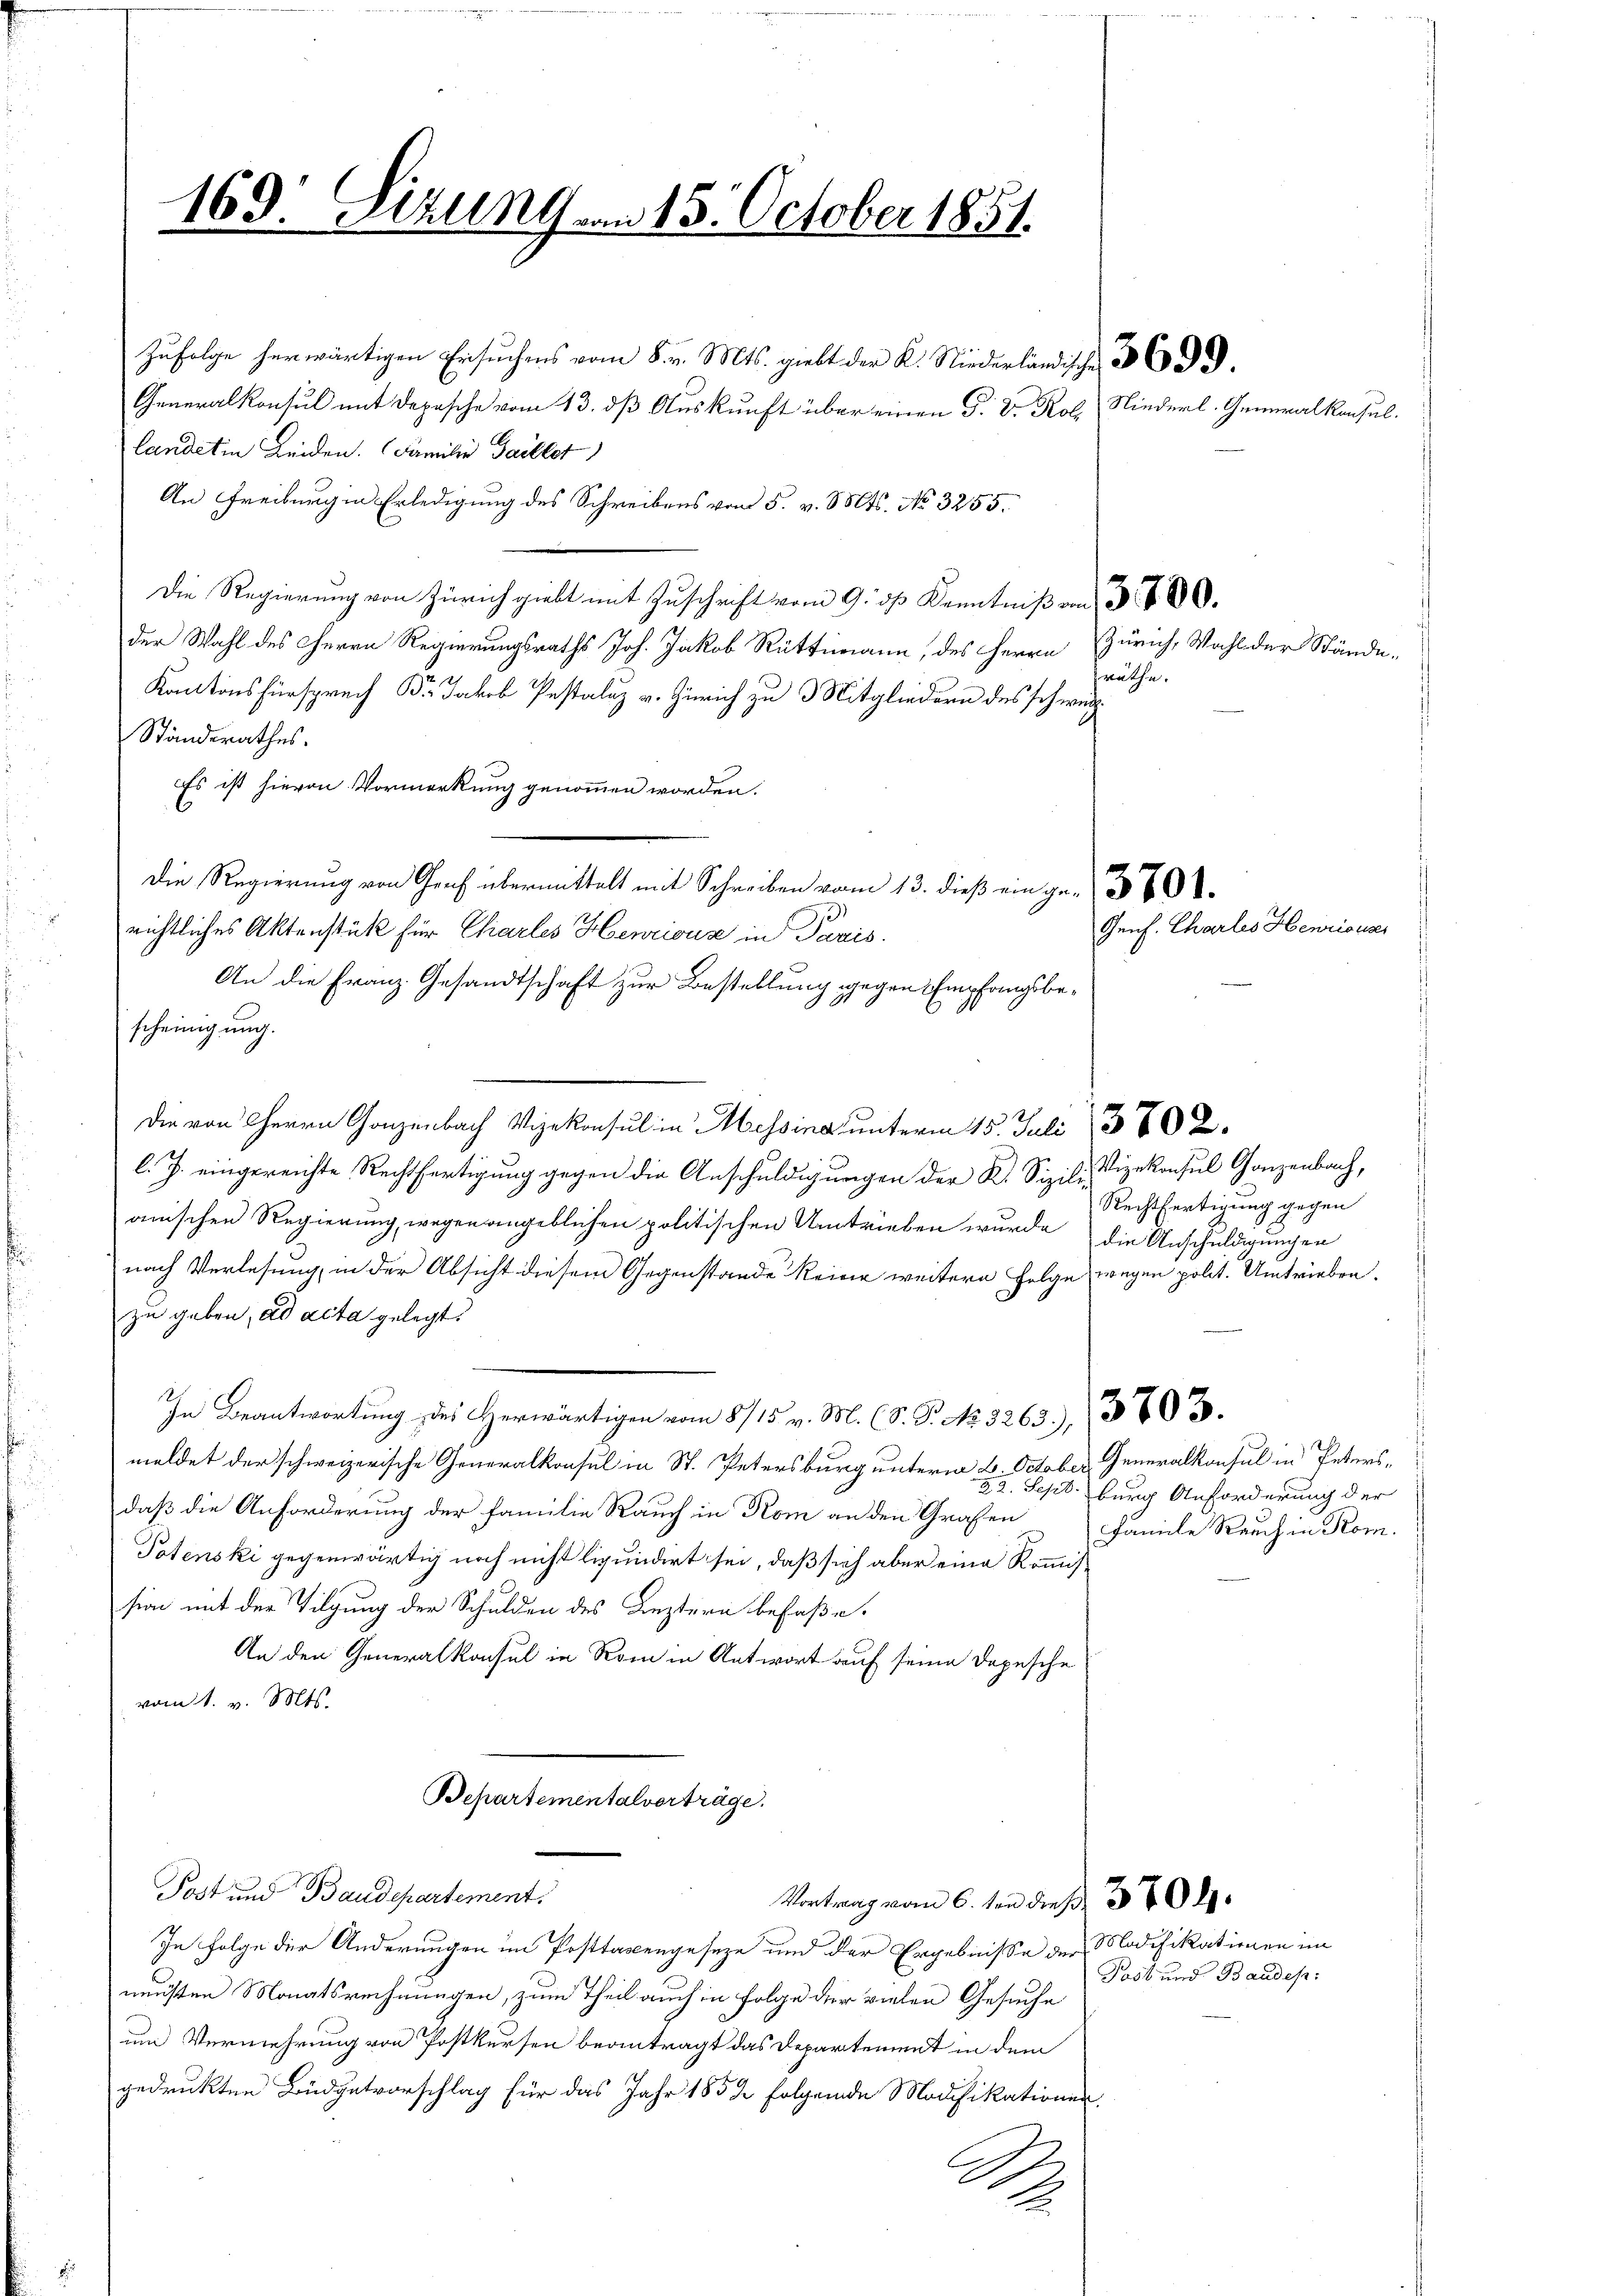
Zŭfolge erwärtigen Ersuches v. Mts. gibt der K. Niederländisch
Generalkonsul mit Depesche vom 13. dß Auskunft über einen P. Dr Rol, Niederl. Generalkonsullandet in Leiden. Familie Gaillet
An Freiburgen Erledigung des Schreibens von 5. v. Mts. No 3255.
Die Regierung von Zürich giebt mit Zuschrift vom 9. ds Kenntniß von 3 S. 80
der Wahl des Herrn Regierungsraths Joh. Jakob Rüttimann, des Herrn Zürich, Wahl der Stände¬
Kantonsfürsprech B. Jakob Pestaluz v. Zürich zu 3 Mitgliedern des schweiz
Ständerathes.
Es ist hievon Vormerkung genommen worden.
Die Regierung von Graf übermittelt mit Schreiben vom 13. dieß ein ge-
richtliches Aktenstück für Charles Henrioua in Paris.
An die Franz. Gesandtschaft zur Bestellung gegen Empfangsbescheinigung.
Die von Herrn Ganzenbach Vizekonsul in Messina unterm 15. Juli 302.
l. J. eingereichte Rechtfertigung gegen die Anschuldigungen der K. Sizili, Vizekonsul Ganzenbach,
anischen Regierung, wegen angeblichen politischen Umtrieben wurde die Anschuldigungen
nach Verlesung, in der Absicht diesem Gegenstände keine weitere Folge wegen polit. Umtrieben.
zu geben, ad acta gelegt.
In Beantwortung des Herwärtigen vom 8/15. v. M. (S. P. No. 3263), 1803.
meldet der schweizerische Generalkonsul in St. Petersburg unterm 8. October Generalkonsul in Petersdaß die Anforderung der Familie Rauch in Kom an den Grafen Famile Rauch in Kom
Potenski gegenwärtig noch nicht liquidirt sei, daß sich aber eine Kommission mit der Tilgung der Schulden des Leztern befaße.
An den Generalkonsul in Rom in Antwort auf seine Depesche
vom 1. v. Mts.
Bepartementalverträge.
Post und Baudepartement
Vortrag vom 6. von dieß 300 l.
In Folge der Änderungen im Posttaxengeseze und der Ergebnisse der Modifikationen im
neusten Monatsrechnungen, zum Theil auch in Folge der vielen Gesuche
um Vermehrung von Postkursen beantragt das Departement in dem
gedruckten Büdgetvorschlag für das Jahr 1852 folgende Modifikationen,
2
Ao.
.

169. Sizung vom 15. October 1851.

räthe.

Rechtfertigung gegen

Genf. Charles Henriouss

29. Sept. burg Anforderung der

Post und Baudep: